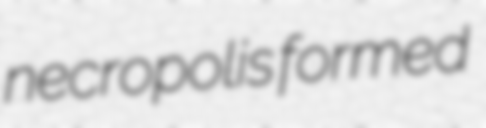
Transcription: necropolis formed